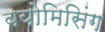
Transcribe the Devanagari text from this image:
वयोमिसिंग